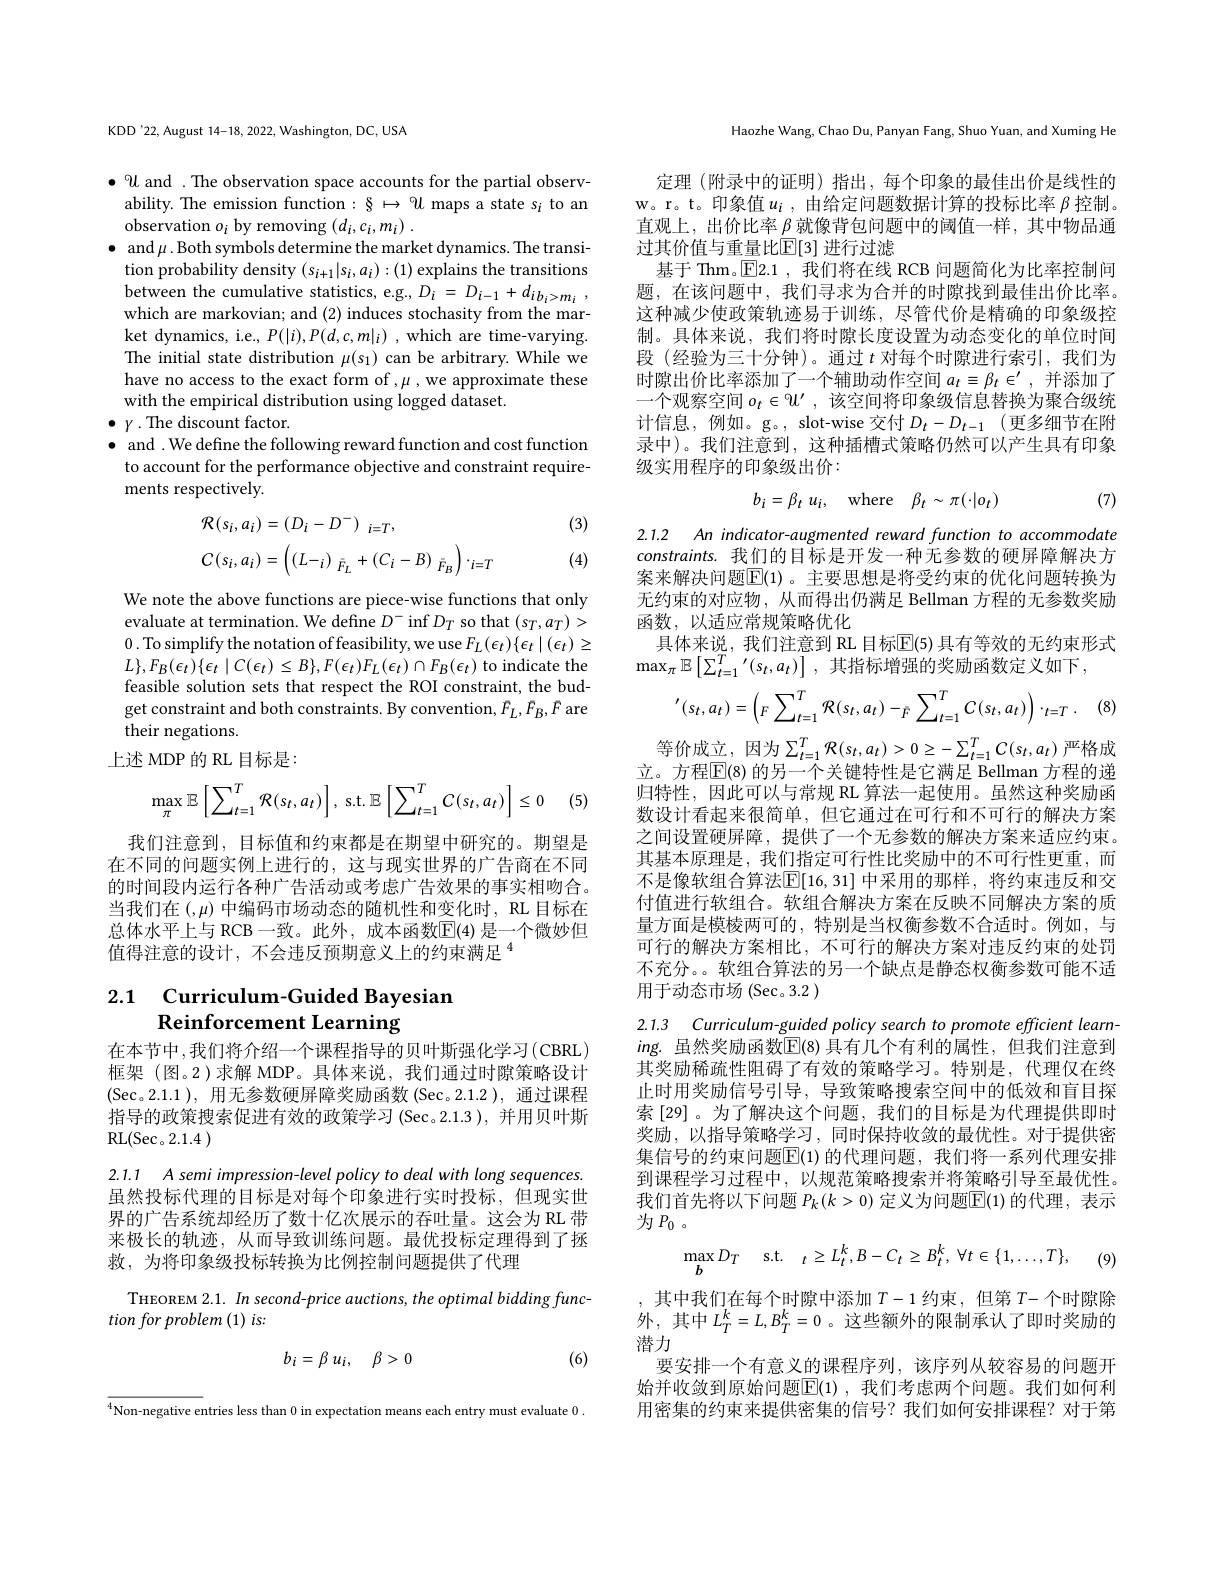
KDD'22, August 14-18, 2022, Washington, DC, USA

$\bullet U$ and . The observation space accounts for the partial observability. The emission function: $\S\mapsto U$ maps a state s$_i$ to an observation $o_i$ by removing $(d_i,c_i,m_i).$
$\bullet$ and $\mu$. Both symbols determine the market dynamics. The transi-
tion probability density $(s_{i+1}|s_i,a_i):(1)$ explains the transitions between the cumulative statistics, e.g., $D_i= D_{i- 1}+ d_{ib_i> m_i}$ , which are markovian; and (2) induces stochasity from the market dynamics, i.e., $P(|i),P(d,c,m|_{i})$ , which are time-varying. The initial state distribution $\mu(s_1)$ can be arbitrary. While we have no access to the exact form of $,\mu$ we approximate these with the empirical distribution using logged dataset.
$\bullet$ $\gamma \cdot$The discount factor.
$\bullet$ and .We define the following reward function and cost function to account for the performance objective and constraint requirements respectively.

(3)
$$\begin{aligned}&\mathcal{R}(s_{i},a_{i})=(D_{i}-D^{-})_{i=T},\\&C(s_{i},a_{i})=\left((L-_{i})_{\bar{F}_{L}}+(C_{i}-B)_{\bar{F}_{B}}\right)\cdot_{i=T}\end{aligned}$$
(4)

We note the above functions are piece-wise functions that only evaluate at termination. We define $D^-\inf D_T$ so that $(s_T,a_T)>$ 0. To simplify the notation of feasibility, we use $F_L(\epsilon_t)\{\epsilon_t\mid(\epsilon_t)\geq$ $L\},F_{B}(\epsilon_{t})\{\epsilon_{t}\mid C(\epsilon_{t})\leq B\},F(\epsilon_{t})F_{L}(\epsilon_{t})\cap F_{B}(\epsilon_{t})$ to indicate the feasible solution sets that respect the ROI constraint, the budget constraint and both constraints. By convention, $F_L,F_B,F$ are their negations
上述 MDP 的 RL 目标是：

(5)
$$\max_{\pi}\mathbb{E}\left[\sum_{t=1}^{T}\mathcal{R}(s_{t},a_{t})\right],\:\mathrm{s.t.}\mathbb{E}\left[\sum_{t=1}^{T}C(s_{t},a_{t})\right]\leq0$$
我们注意到，目标值和约束都是在期望中研究的。期望是在不同的问题实例上进行的，这与现实世界的广告商在不同的时间段内运行各种广告活动或考虑广告效果的事实相吻合。当我们在$(,\mu)$中编码市场动态的随机性和变化时，RL 目标在总体水平上与 RCB 一致。此外，成本函数$\overline{\mathrm{E}}(4)$ 是一个微妙但值得注意的设计，不会违反预期意义上的约束满足$^{4}$

## 2.1 Curriculum-Guided Bayesian Reinforcement Learning

在本节中，我们将介绍一个课程指导的贝叶斯强化学习(CBRL) 框架 (图。2 )求解 MDP。具体来说，我们通过时隙策略设计(Sec。2.1.1 ),用无参数硬屏障奖励函数(Sec。2.1.2 ),通过课程指导的政策搜索促进有效的政策学习 (Sec。2.1.3), 并用贝叶斯$\operatorname { RL} ( \operatorname { Sec} 。2. 1. 4$ )

2.1.1 A semi impression-level policy to deal with long sequences. 虽然投标代理的目标是对每个印象进行实时投标，但现实世界的广告系统却经历了数十亿次展示的吞吐量。这会为 RL 带来极长的轨迹，从而导致训练问题。最优投标定理得到了拯救，为将印象级投标转换为比例控制问题提供了代理

THEOREM 2.1. In second-price auctions, the optimal bidding func-
tion for problem (1) is:
$$b_{i}=\beta\:u_{i},\quad\beta>0$$
(6)

$^{4}$Non-negative entries less than 0 in expectation means each entry must evaluate 0

Haozhe Wang, Chao Du, Panyan Fang, Shuo Yuan, and Xuming He

定理(附录中的证明)指出，每个印象的最佳出价是线性的w。r。t。印象值$u_i$,由给定问题数据计算的投标比率 $\beta$ 控制。直观上，出价比率$\beta$就像背包问题中的阈值一样，其中物品通过其价值与重量比$\mathbb{E}[3]$ 进行过滤
基于 Thm。$\boxed{\mathrm{E}}$2.1 ,我们将在线 RCB 问题简化为比率控制问题，在该问题中，我们寻求为合并的时隙找到最佳出价比率。这种减少使政策轨迹易于训练，尽管代价是精确的印象级控制。具体来说，我们将时隙长度设置为动态变化的单位时间段 (经验为三十分钟)。通过$t$对每个时隙进行索引，我们为时隙出价比率添加了一个辅助动作空间$a_t\equiv\beta_t\in^{\prime}$,并添加了一个观察空间$o_t\in\mathbb{U}^\prime$,该空间将印象级信息替换为聚合级统计信息，例如。g。, slot-wise 交付$D_t-D_{t-1}$ (更多细节在附录中)。我们注意到，这种插槽式策略仍然可以产生具有印象级实用程序的印象级出价：

(7)
$$b_i=\beta_t\:u_i,\quad\mathrm{where}\quad\beta_t\sim\pi(\cdot|o_t)$$
2.1.2 An indicator-augmented reward function to accommodate

constraints. 我们的目标是开发一种无参数的硬屏障解决方案来解决问题$\overline{\mathbb{E}}(1)$ 。主要思想是将受约束的优化问题转换为无约束的对应物，从而得出仍满足 Bellman 方程的无参数奖励函数，以适应常规策略优化
具体来说，我们注意到 RL 目标$\overline{\mathrm{E}}(5)$ 具有等效的无约束形式
$\operatorname*{max}_\pi\mathbb{E}\left[\sum_{t=1}^T{\prime}(s_t,a_t)\right]$,其指标增强的奖励函数定义如下，
$$^{\prime}(s_{t},a_{t})=\left(_{F}\sum_{t=1}^{T}\mathcal{R}(s_{t},a_{t})-_{\bar{F}}\sum_{t=1}^{T}C(s_{t},a_{t})\right)\cdot_{t=T}.$$
等价成立，因为$\sum_t=1^T{\mathcal R}(s_t,a_t)>0\geq-\sum_{t=1}^TC(s_t,a_t)$严格成立。方程$\overline{\mathbb{E}}(8)$ 的另一个关键特性是它满足 Bellman 方程的递归特性，因此可以与常规 RL 算法一起使用。虽然这种奖励函数设计看起来很简单，但它通过在可行和不可行的解决方案之间设置硬屏障，提供了一个无参数的解决方案来适应约束。其基本原理是 , 我们指定可行性比奖励中的不可行性更重，而不是像软组合算法$\overline{\mathbb{E}}[16,31]$ 中采用的那样，将约束违反和交付值进行软组合。软组合解决方案在反映不同解决方案的质量方面是模棱两可的，特别是当权衡参数不合适时。例如，与可行的解决方案相比，不可行的解决方案对违反约束的处罚不充分。。软组合算法的另一个缺点是静态权衡参数可能不适用于动态市场 (Sec。3.2 )

2.1.3 Curriculum-guided policy search to promote efficient learn- $ing.$ 虽然奖励函数$\boxed{\mathbb{E}}(8)$ 具有几个有利的属性，但我们注意到

其奖励稀疏性阻碍了有效的策略学习。特别是，代理仅在终止时用奖励信号引导，导致策略搜索空间中的低效和盲目探索 [29]。为了解决这个问题，我们的目标是为代理提供即时奖励，以指导策略学习，同时保持收敛的最优性。对于提供密集信号的约束问题$\boxed{\mathrm{E}}(1)$ 的代理问题，我们将一系列代理安排到课程学习过程中，以规范策略搜索并将策略引导至最优性。我们首先将以下问题$P_k(k>0)$定义为问题$\overline{\mathrm{E}}(1)$的代理，表示为$P_0$。
$$\max_{b}D_{T}\quad\mathrm{s.t.}\quad_{t}\geq L_{t}^{k},B-C_{t}\geq B_{t}^{k},\:\forall t\in\{1,\ldots,T\},$$
(9)

,其中我们在每个时隙中添加$T-1$ 约束，但第 $T$-个时隙除外，其中$L_T^k=L,B_T^k=0$。这些额外的限制承认了即时奖励的潜力
要安排一个有意义的课程序列，该序列从较容易的问题开始并收敛到原始问题$\overline{\mathbb{E}}(1)$ ,我们考虑两个问题。我们如何利用密集的约束来提供密集的信号？我们如何安排课程？对于第